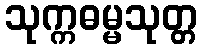
သုက္ကဓမ္မသုတ္တ